Civil Veterinary Dept. Bombay admin report 1907-1913 - 1907-1913
Year: 1907
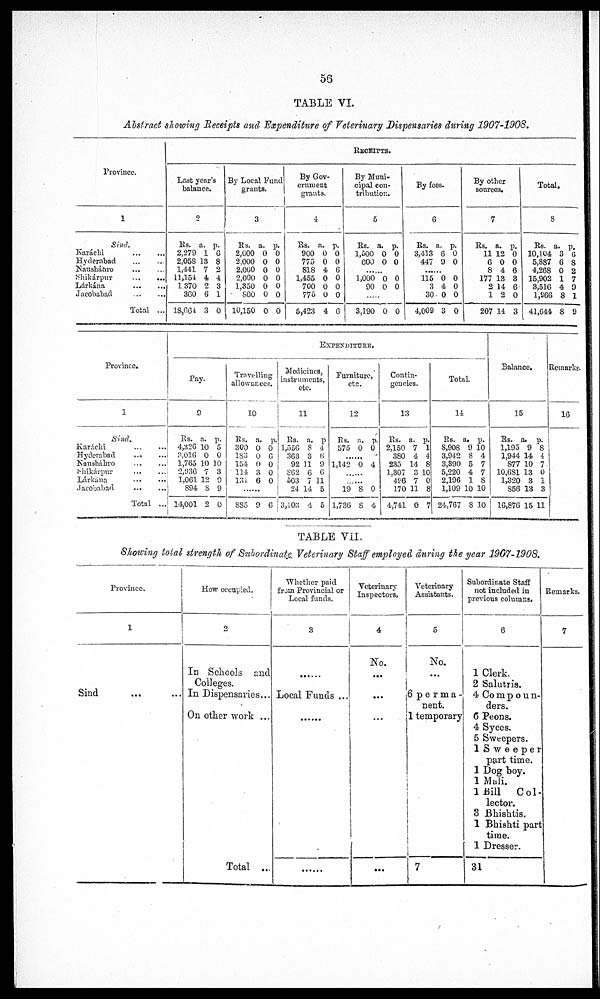
53
TABLE VI.
Abstract showing Receipts and Expenditure of Veterinary Dispensaries during 1907-1908.
Province.
1
Sind.
Karachi
...
...
Hyderabad
...
...
Nausháhro ... ...
Shikárpur
...
...
Lárkána ... ...
Jacobabad
...
...
Total ...
RECEIPTS
Last year's
balance.
0
Rs. a. p.
2,279 1 6
2,058 13 8
1,441 7 2
11,154 4 4
1370 2 3
360 6 1
18,664 3 0
By Local Fund
grants.
3
Rs. a. p.
2,000 0 0
2.000 0 0
2,060 0 0
2,000 0 0
1.350 0 0
500 0 0
10,150 0 0
By Gov-
ernment
grants.
4
Rs. a. p.
900 0 0
775 0 0
818 4 6
1,455 0 0
700 0 0
775 0 0
5,423 4 6
By Muni-
cipal con-
tribution.
5
Rs. a. p.
1,500 0 0
600 0 0
.....
1,000 0 0
90 0 0
3,190 0 0
By fees.
6
Rs. a. p.
3,413 6 0
447 9 0
115 0 0
3 4 0
30 0 0
4,009 3 0
By other
sources.
7
Rs. a. p.
11 12 0
6 0 0
8 4 6
177 13 3
2 14 6
1 2 0
207 14 3
Total.
8
Rs. a. p.
10,104 3 6
5,887 6 8
4,268 0 2
15,902 1 7
3,516 4 9
1,966 8 1
41,644 8 9
Province.
X
Sind.
Karáchi ... ...
Hyderabad ... ...
Nausháhro
...
...
Shikárpur
...
...
Lárkána
...
...
Jacobabad
...
...
Total ...
EXPENDITURE
Pay.
9
Rs. a. p.
4,326 10 5
3.016 0 0
1,765 10 10
2,936 7 3
1,061 12 9
894 8 9
14,001 2 0
Travelling
allowances.
10
Rs. a. p.
300 0 0
183 0 6
154 0 0
114 3 0
131 6 0
.......
SS5 9 6
Medicines,
instruments,
etc.
11
Rs. a. p
1,556 8 4
363 3 6
92 11 9
SG2 6 C
503 7 11
24 14 5
3,403 4 5
Furniture,
etc.
12
Rs. a. p.
575 0 0
......
1,142 0 4
......
......
19 8 0
1,736 8 4
Contin-
gencies.
13
Rs. a. p.
2,150 7 1
380 4 4
235 14 8
1,307 3 10
486 7 0
170 11 8
4,741 0 7
Total.
14
Rs. a. p.
8,908 9 10
3,942 8 4
3,390 5 7
5,220 4 7
2,196 1 8
1,109 10 10
24,767 8 10
Balance.
15
Rs. a. p.
1,195 9 8
1,944 14 4
877 10 7
10,6S1 13 0
1,320 3 1
856 13 3
16,876 15 11
Remarks.
16
TABLE VII,
Showing total strength of Subordinate. Veterinary Staff employed during the year 1907-1908.
Province.
1
How occupied.
2
Whether paid
from Provincial or
Local funds.
3
Veterinary
Inspectors,
4
No.
Veterinary
Assistants.
5
No.
In Schools and
Colleges.
...
Sind ... ...
In Dispensaries...
Local Funds ...
...
6 perma-
nent.
On other work ...
Total ...
...
1 temporary
7
Subordinate Staff
not included in
previous columns.
6
1 Clerk.
2 Salutris.
4 Compoun-
ders.
6 Peons.
4 Syces.
5 Sweepers.
1 Sweeper
part time.
1 Dog boy.
1 Mali.
1 Bill
Col-
lector.
3 Bhishtis.
1 Bhishti part
time.
1 Dresser.
31
Remarks.
7